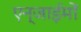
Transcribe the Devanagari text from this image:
एन्जाईमों